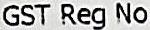
GST REG NO